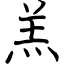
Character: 羔